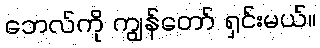
ဘေလ်ကို ကျွန်တော် ရှင်းမယ်။